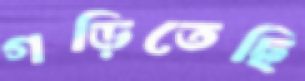
গড়িতেছি